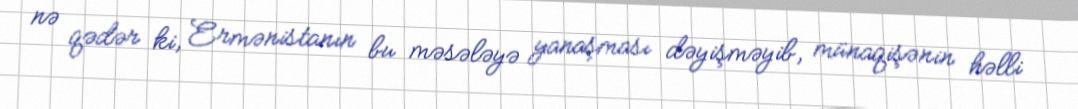
nə qədər ki, Ermənistanın bu məsələyə yanaşması dəyişməyib, münaqişənin həlli